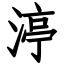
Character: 渟